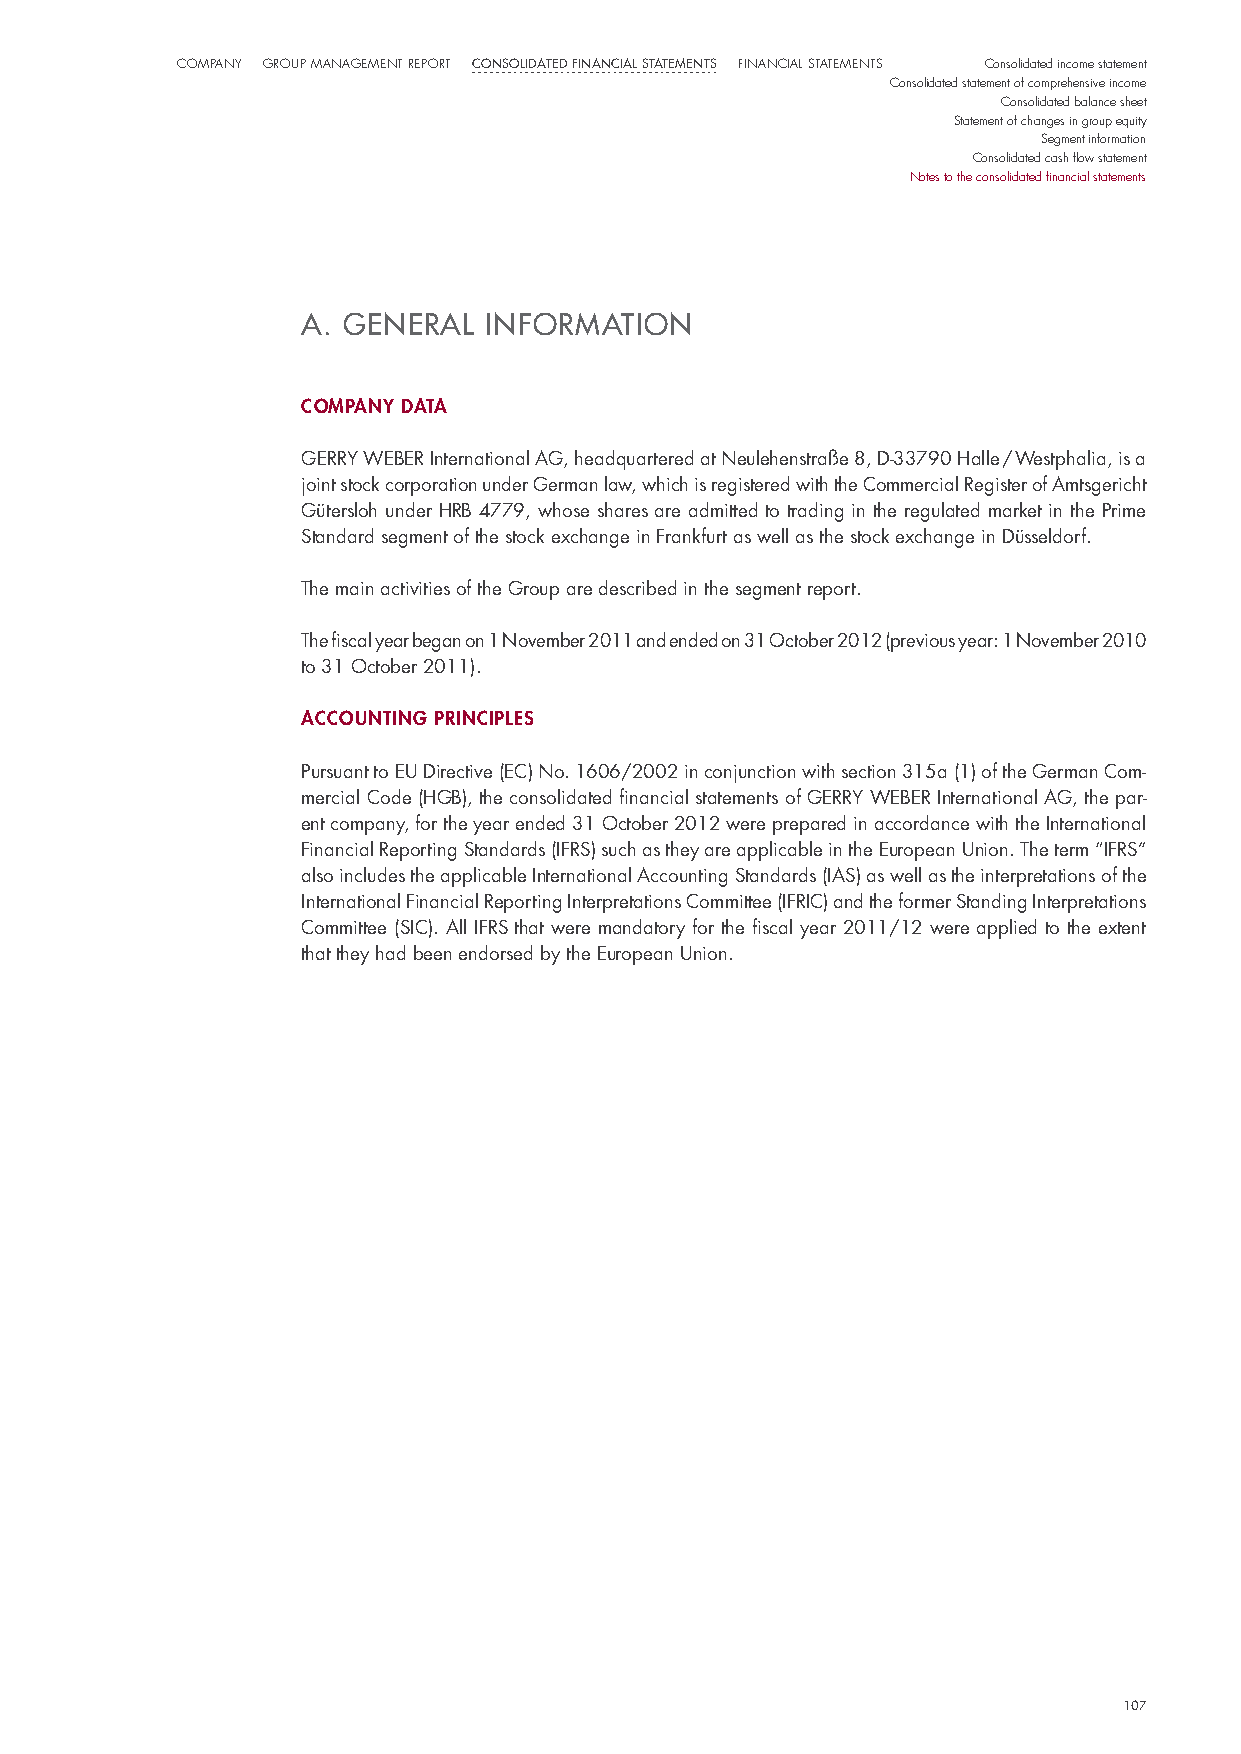
CompaNy Group maNaGemeNt report Consolidated finanCial statements FiNaNCial StatemeNtS Consolidated income statement
 Consolidated statement of comprehensive income
 Consolidated balance sheet
 Statement of changes in group equity
 Segment information
 Consolidated cash flow statement
 Notes to the consolidated financial statements
 A. GeneRAL  InFoRMA  tIon
 company data
 GeRRY WeBeR international AG, headquartered at neulehenstraße 8, d-33790 halle / Westphalia, is a
 joint stock corporation under German law, which is registered with the Commercial Register of Amtsgericht
 Gütersloh under hRB 4779, whose shares are admitted to trading in the regulated market in the prime
 standard segment of the stock exchange in Frankfurt as well as the stock exchange in düsseldorf.
 The main activities of the Group are described in the segment report.
 The fiscal year began on 1 november 2011 and ended on 31 october 2012 (previous year: 1 november 2010
 to 31 october 2011).
 accountIng prIncIples
 pursuant to eu directive (eC) no. 1606/2002 in conjunction with section 315a (1) of the German Com-
 mercial Code (hGB), the consolidated financial statements of GeRRY WeBeR international AG, the par-
 ent company, for the year ended 31 october 2012 were prepared in accordance with the international
 Financial Reporting standards (iFRs) such as they are applicable in the european union. The term “iFRs”
 also includes the applicable international Accounting standards (iAs) as well as the interpretations of the
 international Financial Reporting interpretations Committee (iFRiC) and the former standing interpretations
 Committee (siC). All iFRs that were mandatory for the fiscal year 2011/12 were applied to the extent
 that they had been endorsed by the european union.
 107